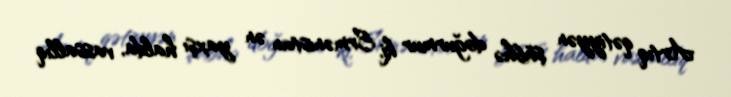
Artıq qətiyyən şübhə doğurmur ki, Ermənistan ən yaxşı halda, vassallıq